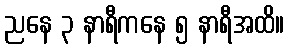
ညနေ ၃ နာရီကနေ ၅ နာရီအထိ။